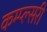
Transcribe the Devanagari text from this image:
कम्प्ल्सरी